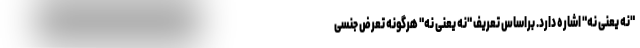
"نه یعنی نه" اشاره دارد. براساس تعریف "نه یعنی نه" هرگونه تعرض جنسی